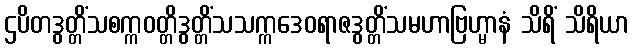
ဌပိတဒွတ္တိံသစက္ကဝတ္တိဒွတ္တိံသသက္ကဒေဝရာဇဒွတ္တိံသမဟာဗြဟ္မာနံ သိရိံ သိရိယာ